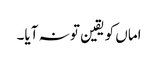
اماں کو یقین تو نہ آیا۔